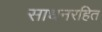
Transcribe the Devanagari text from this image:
साधनरहित